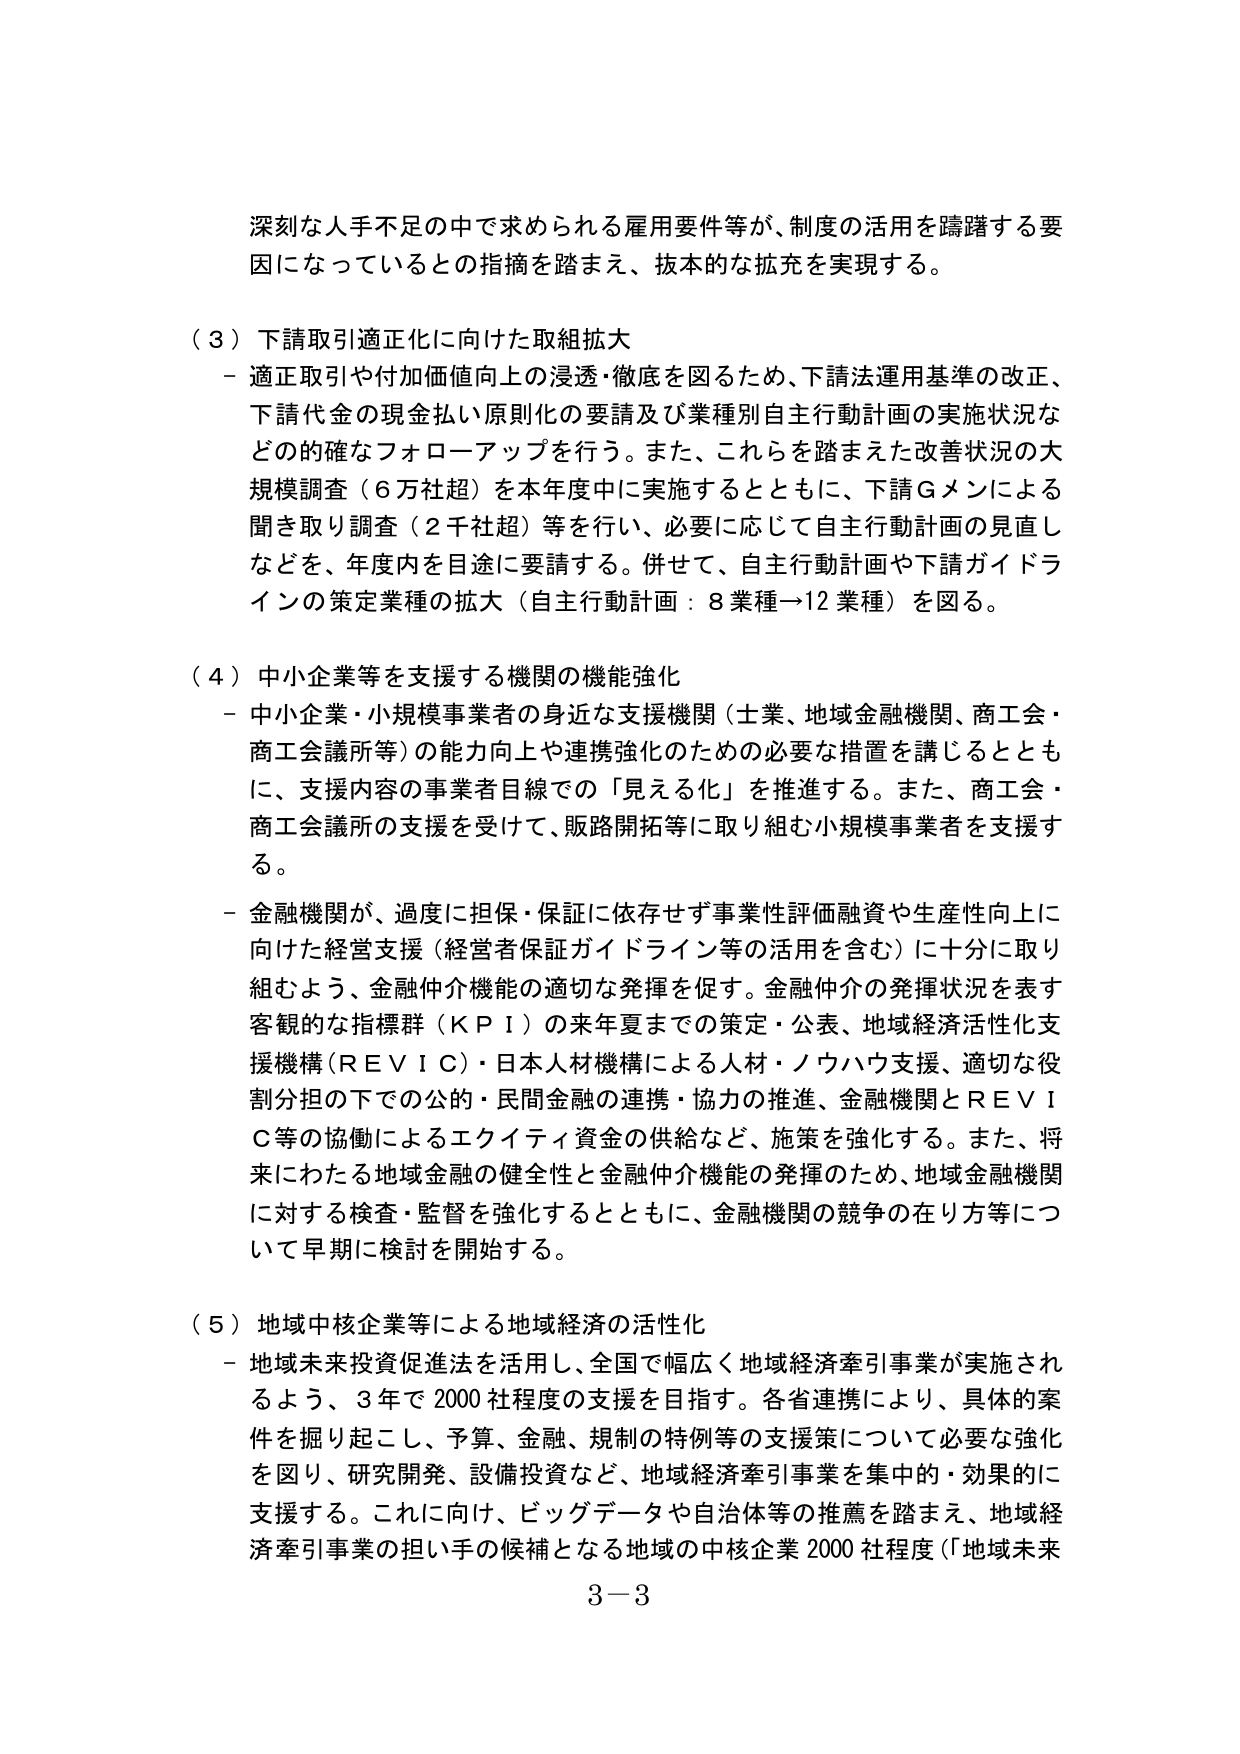
深刻な人手不足の中で求められる雇用要件等が、制度の活用を躊躇する要因になっているとの指摘を踏まえ、抜本的な拡充を実現する。

（３）下請取引適正化に向けた取組拡大
－ 適正取引や付加価値向上の浸透・徹底を図るため、下請法運用基準の改正、下請代金の現金払い原則化の要請及び業種別自主行動計画の実施状況などの的確なフォローアップを行う。また、これらを踏まえた改善状況の大規模調査（６万社超）を本年度中に実施するとともに、下請Ｇメンによる聞き取り調査（２千社超）等を行い、必要に応じて自主行動計画の見直しなどを、年度内を目途に要請する。併せて、自主行動計画や下請ガイドラインの策定業種の拡大（自主行動計画：８業種→12業種）を図る。

（４）中小企業等を支援する機関の機能強化
－ 中小企業・小規模事業者の身近な支援機関（士業、地域金融機関、商工会・商工会議所等）の能力向上や連携強化のための必要な措置を講じるとともに、支援内容の事業者目線での「見える化」を推進する。また、商工会・商工会議所の支援を受けて、販路開拓等に取り組む小規模事業者を支援する。
－ 金融機関が、過度に担保・保証に依存せず事業性評価融資や生産性向上に向けた経営支援（経営者保証ガイドライン等の活用を含む）に十分に取り組むよう、金融仲介機能の適切な発揮を促す。金融仲介の発揮状況を表す客観的な指標群（ＫＰＩ）の来年夏までの策定・公表、地域経済活性化支援機構（ＲＥＶＩＣ）・日本人材機構による人材・ノウハウ支援、適切な役割分担の下での公的・民間金融の連携・協力の推進、金融機関とＲＥＶＩＣ等の協働によるエクイティ資金の供給など、施策を強化する。また、将来にわたる地域金融の健全性と金融仲介機能の発揮のため、地域金融機関に対する検査・監督を強化するとともに、金融機関の競争の在り方等について早期に検討を開始する。

（５）地域中核企業等による地域経済の活性化
－ 地域未来投資促進法を活用し、全国で幅広く地域経済牽引事業が実施されるよう、３年で2000社程度の支援を目指す。各省連携により、具体的案件を掘り起こし、予算、金融、規制の特例等の支援策について必要な強化を図り、研究開発、設備投資など、地域経済牽引事業を集中的・効果的に支援する。これに向け、ビッグデータや自治体等の推薦を踏まえ、地域経済牽引事業の担い手の候補となる地域の中核企業2000社程度（「地域未来

3－3